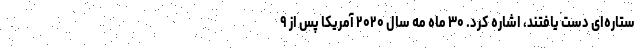
ستاره‌ای دست یافتند، اشاره کرد. ۳۰ ماه مه سال ۲۰۲۰ آمریکا پس از ۹